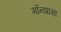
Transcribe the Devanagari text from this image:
गॉन्झागा